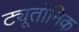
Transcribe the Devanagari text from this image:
ट्यूतोनिक